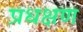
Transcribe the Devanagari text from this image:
प्रधक्षण